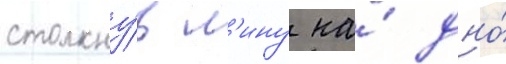
столкну́в л'ину на́ дно́